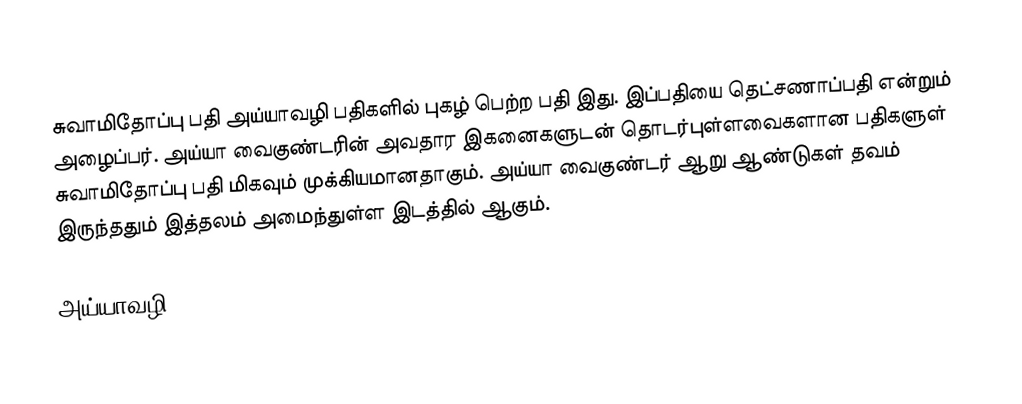
சுவாமிதோப்பு பதி அய்யாவழி பதிகளில் புகழ் பெற்ற பதி இது. இப்பதியை தெட்சணாப்பதி என்றும் அழைப்பர். அய்யா வைகுண்டரின் அவதார இகனைகளுடன் தொடர்புள்ளவைகளான பதிகளுள் சுவாமிதோப்பு பதி மிகவும் முக்கியமானதாகும். அய்யா வைகுண்டர் ஆறு ஆண்டுகள் தவம் இருந்ததும் இத்தலம் அமைந்துள்ள இடத்தில் ஆகும்.

அய்யாவழி